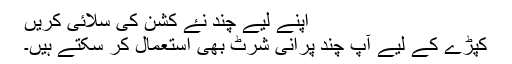
اپنے لیے چند نۓ کشن کی سلائی کریں
کپڑے کے لیے آپ چند پرانی شرٹ بھی استعمال کر سکتے ہیں۔